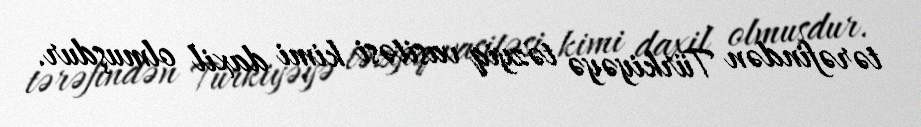
tərəfindən Türkiyəyə təzyiq vasitəsi kimi daxil olmuşdur.